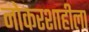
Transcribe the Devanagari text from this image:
नोकरशाहीला